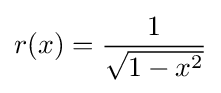
r(x)={\frac {1}{\sqrt {1-x^{2}}}}